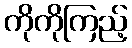
ကိုကိုကြည့်